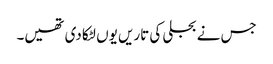
جس نے بجلی کی تاریں یوں لٹکا دی تھیں۔